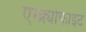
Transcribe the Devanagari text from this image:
एम्ब्र्योफाइट